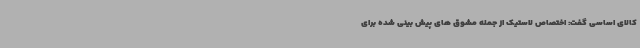
کالای اساسی گفت: اختصاص لاستیک از جمله مشوق های پیش بینی شده برای